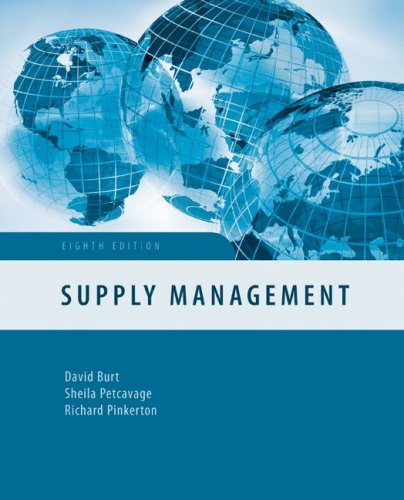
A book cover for Supply Management; David Burt; Engineering & Transportation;